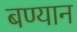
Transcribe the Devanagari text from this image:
बण्यान